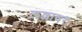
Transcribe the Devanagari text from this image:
लल्लावर